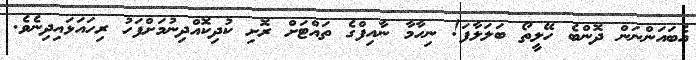
އެބައަންނަން ދޮންބެ ހޭލީތޯ ބަލަލާފަ! ނިހާމާ ނާއިފްގެ ތައްޓަށް ރޮށި ކުދިކޮއްދިނުމަށްފަހު ރިހައަޅައިދިނެވެ.